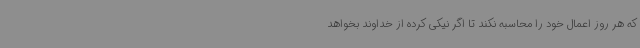
که هر روز اعمال خود را محاسبه نکند تا اگر نیکی کرده از خداوند بخواهد